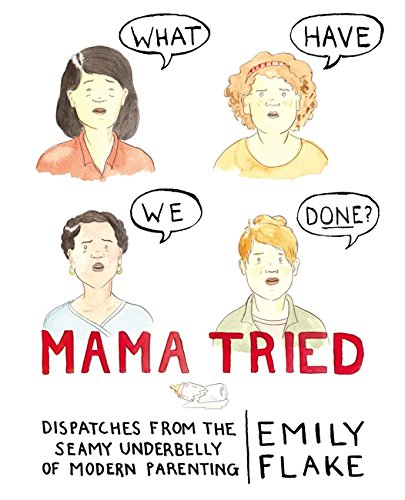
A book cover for Mama Tried: Dispatches from the Seamy Underbelly of Modern Parenting; Emily Flake; Comics & Graphic Novels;